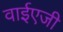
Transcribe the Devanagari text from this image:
वाईएजी